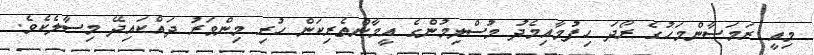
މިއީ ރަމަޟާންމަހުގެ ރޯދަ ހިފުމާއިމެދު މުސްލިމުންގެ އީމާންތެރިކަން ހުރި މިންވަރު ދައްކައިދޭ މިސާލެކެވެ.